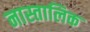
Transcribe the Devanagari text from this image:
नास्तालिक